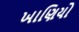
ખાણિયો